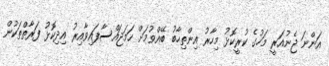
އަންނަ ޖެނުއަރީ މަހުގެ ކުރީކޮޅު މިހާރު އިންތިހާބު ބޭއްވުމަށް ހަމަޖައްސާފައިވާއިރު އިދިކޮޅު ފަރާތްތަކުން